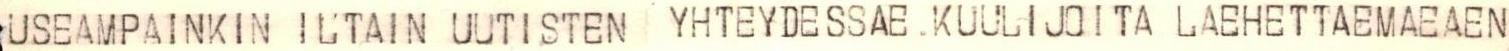
USEAMPAINKIN ILTAIN UUTISTEN YHTEYDESSAE. KUULIJOITA LAEHETTAEMAEAEN